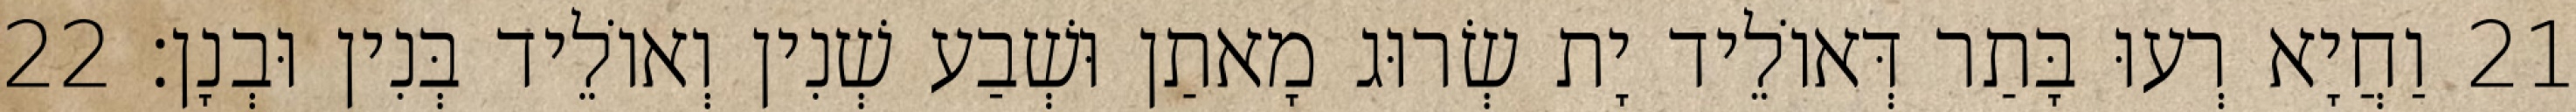
21 וַחֲיָא רְעוּ בָּתַר דְּאוֹלֵיד יָת שְׂרוּג מָאתַן וּשְׁבַע שְׁנִין וְאוֹלֵיד בְּנִין וּבְנָן׃ 22